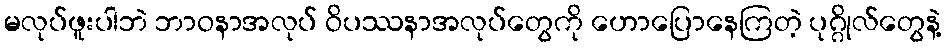
မလုပ်ဖူးပါဘဲ ဘာဝနာအလုပ် ဝိပဿနာအလုပ်တွေကို ဟောပြောနေကြတဲ့ ပုဂ္ဂိုလ်တွေနဲ့